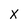
Character: X